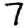
Digit: 7